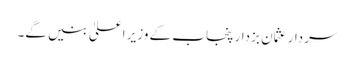
سردار عثمان بزدار پنجاب کے وزیر اعلیٰ بنیں گے۔